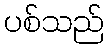
ပစ်သည်